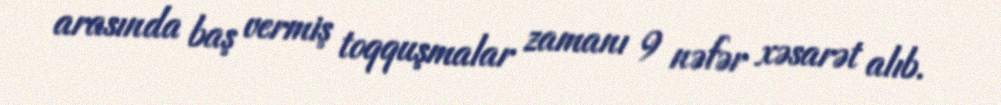
arasında baş vermiş toqquşmalar zamanı 9 nəfər xəsarət alıb.